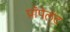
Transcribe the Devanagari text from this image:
प्रॉपेल्ंट